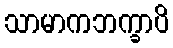
သာမာကဘက္ခာပိ